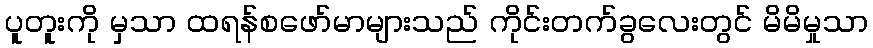
ပူတူးကို မှသာ ထရန်စဖော်မာများသည် ကိုင်းတက်ခွလေးတွင် မိမိမှုသာ